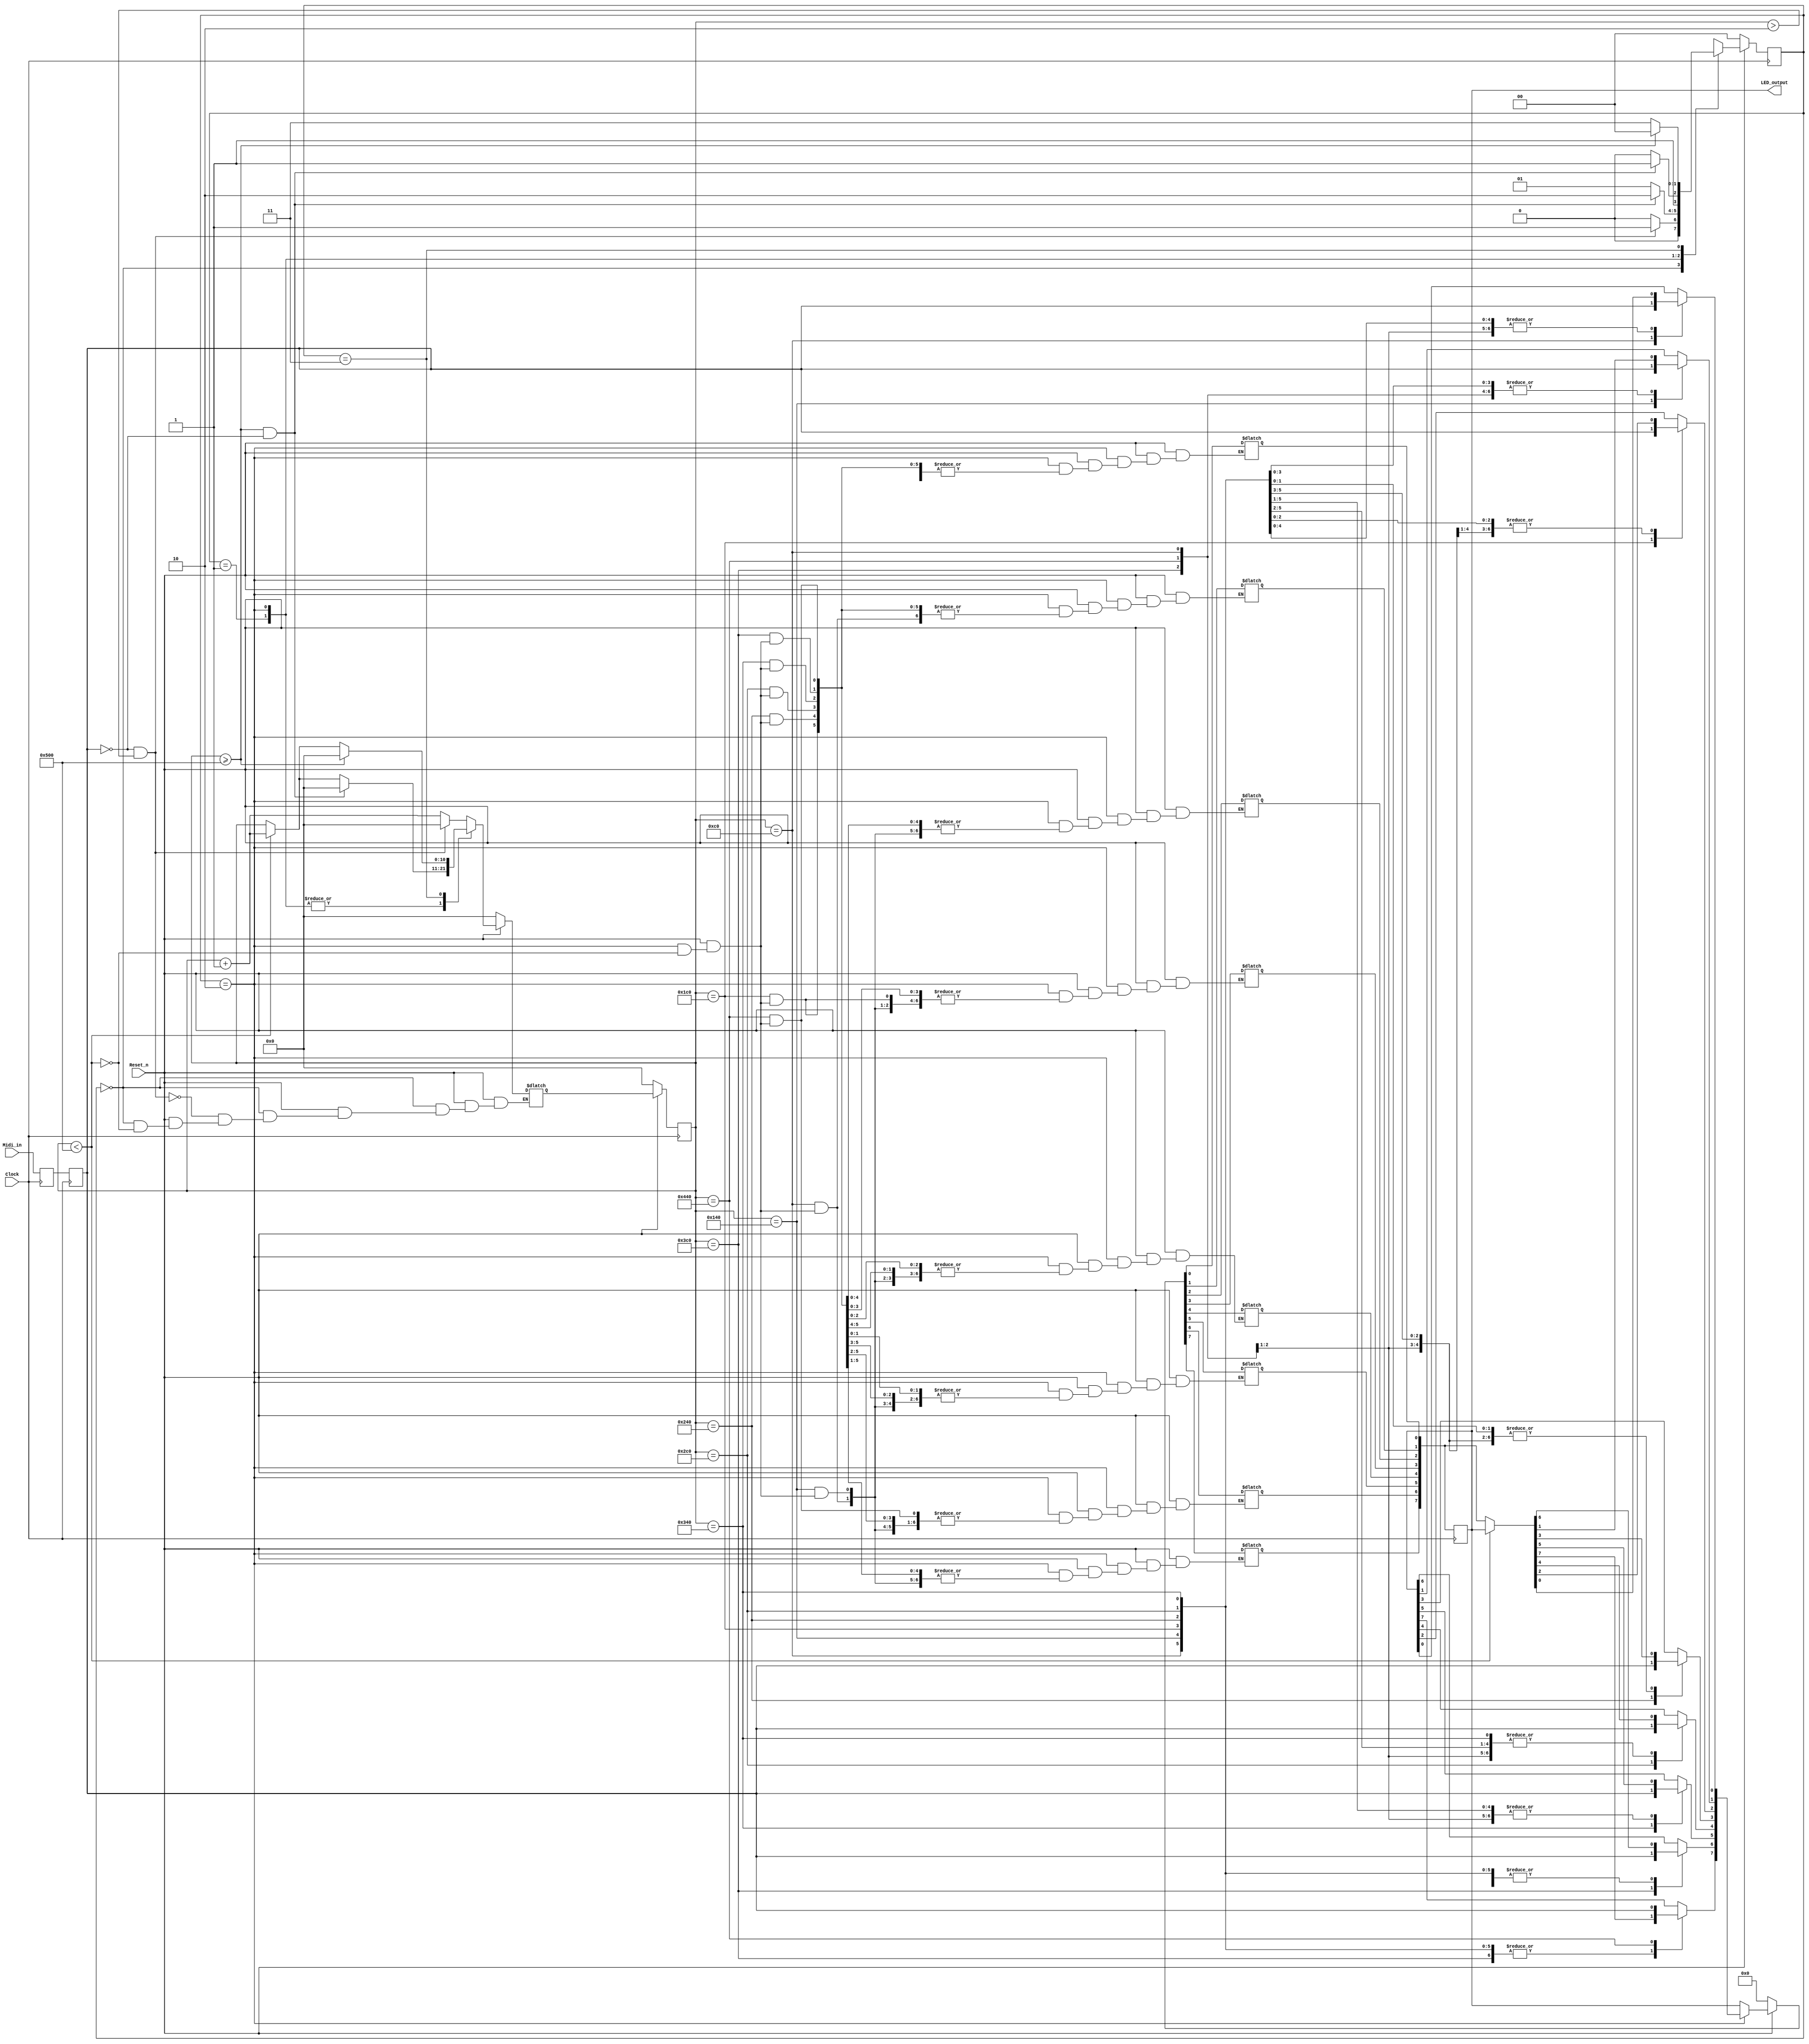
module Midi_Decoder (Midi_in, Clock, Reset_n, LED_output);
//////////////////
// Inputs
////////////// 
input Midi_in;
input Clock;
input Reset_n;

//////////////////
// Output
//////////////
output reg [7:0] LED_output;

//////////////////
// States
//////////////  
parameter IDLE = 2'b00;
parameter STATUS = 2'b01;
parameter NOTE = 2'b10;
parameter VELOCITY = 2'b11;

//////////////////
// Registers
//////////////  
reg [1:0] state;
reg [1:0] state_nxt;
reg [7:0] LED_output_nxt;
reg [10:0] count;
reg [10:0] count_nxt;
reg in_1;
reg in_2;

//////////////////
// Constants
//////////////
parameter Const_1280 = 11'b10100000000;
parameter Const_1 = 11'b00000000001;

//////////////////
// Sequential
//////////////
always @(posedge Clock) 
begin
	in_1 <= Midi_in;
	in_2 <= in_1;
	
	count <= count_nxt;
	LED_output <= LED_output_nxt;
	state <= state_nxt;
	if(!Reset_n)
	begin
		LED_output <= LED_output_nxt;
		state <= IDLE;
		count <= 0;
	end
end	

//////////////////
// Combinational
//////////////
always@(Reset_n or in_2 or LED_output or state or count)
begin
	if(!Reset_n)
	begin
		LED_output_nxt = 8'b00000000;
		count_nxt = 0;
		state_nxt = IDLE;
	end
	else begin
	case (state)
		IDLE: 					      
		begin
			state_nxt = IDLE;
			LED_output_nxt = LED_output;
			if(count < Const_1280)
				count_nxt = count + Const_1;	
			if(!in_2 && count > 2)
			begin
				state_nxt = STATUS;
				count_nxt = 0;
			end
		end
		 
		STATUS: 					      
		begin
			count_nxt = count;
			if(count < Const_1280)
				count_nxt = count + Const_1;
			state_nxt = STATUS;
			LED_output_nxt = LED_output;
			if(count >= Const_1280 && !in_2)
			begin
				count_nxt = 0; 
				state_nxt = NOTE; 
			end
		end
		
		NOTE: 					      
		begin
			count_nxt = count;
			if(count < Const_1280)
			begin
				count_nxt = count + Const_1;
				LED_output_nxt = LED_output;
			end
			state_nxt = NOTE;
			if(count >= Const_1280 && !in_2)
			begin
				count_nxt = 0;
				state_nxt = VELOCITY;
			end
			case(count)
				192: LED_output_nxt[0] = in_2;
				320: LED_output_nxt[1] = in_2;
				448: LED_output_nxt[2] = in_2;
				576: LED_output_nxt[3] = in_2;
				704: LED_output_nxt[4] = in_2;
				832: LED_output_nxt[5] = in_2;
				960: LED_output_nxt[6] = in_2;
				1088: LED_output_nxt[7] = in_2;
				default: LED_output_nxt = LED_output;
			endcase 
		end
		
		VELOCITY: 					      
		begin
			count_nxt = count;
			if(count < Const_1280)
				count_nxt = count + Const_1;
			state_nxt = VELOCITY;
			LED_output_nxt = LED_output;	
			if(count >= Const_1280)
			begin
				count_nxt = 0; 
				state_nxt = IDLE;
			end
		end
	endcase
	end
end
endmodule